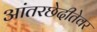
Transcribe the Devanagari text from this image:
आंतरछेदीतेवर